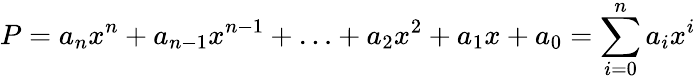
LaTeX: P=a_{n}x^{n}+a_{n-1}x^{n-1}+\ldots+a_{2}x^{2}+a_{1}x+a_{0}=\sum_{i=0}^{n}a_{i}x^{i}